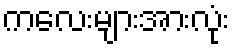
ကလေးများအားလုံး